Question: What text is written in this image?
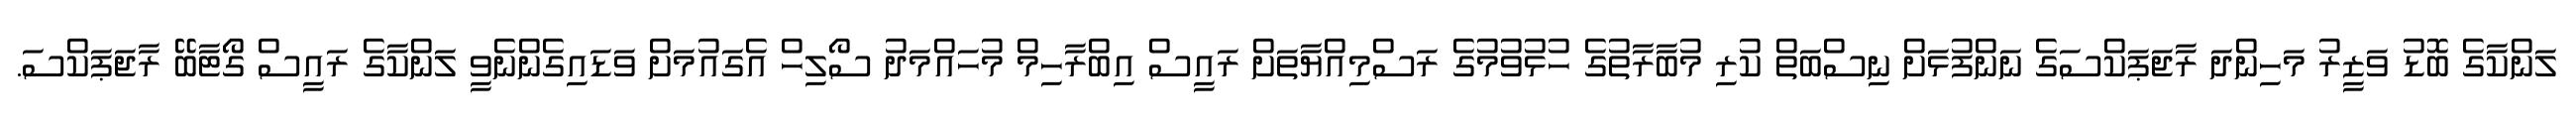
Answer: ލަންކާގެ ބޮޑު ވަޒީރު މަހިންދަ ރާޖަޕަކްސަގެ ނަންފުޅަށް ނިސްބަތް ކުރި މުބާރާތުގެ ހުޅުވުމުގެ ރަސްމިއްޔާތަށް ރައީސް އިބްރާހިމް މުހައްމަދު ސޯލިހް އެގައުމަށް ވަޑައިގެންނެވީ ލަންކާގެ ރައީސް ގޯޓާބޭ ރާޖަޕަކްސަ.